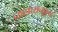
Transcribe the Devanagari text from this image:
व्यापारानुकूल